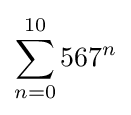
\sum _{n=0}^{10}{567}^{n}